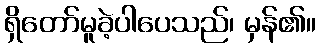
ရှိတော်မူခဲ့ပါပေသည်၊ မှန်၏။